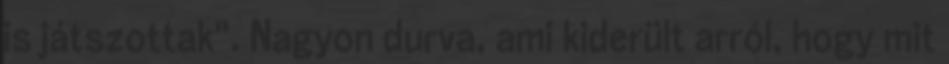
is játszottak". Nagyon durva, ami kiderült arról, hogy mit